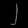
Digit: ၂